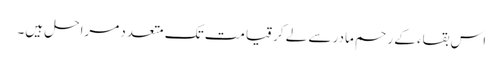
اس بقاء کے رحم مادر سے لے کر قیامت تک متعدد مراحل ہیں۔